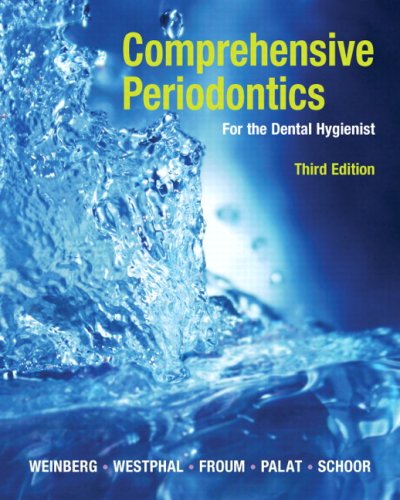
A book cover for Comprehensive Periodontics for the Dental Hygienist (3rd Edition); Mea A. Weinberg; Medical Books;